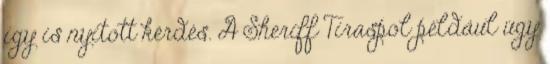
így is nyitott kérdés. A Sheriff Tiraspol például úgy